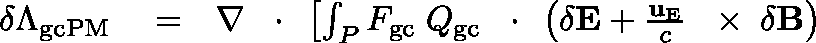
\begin{array} { r l r } { \delta \Lambda _ { \mathrm { g c P M } } } & { { } = } & { \nabla \, \mathrm { ~ \boldmath ~ \cdot ~ } \, \left[ \int _ { P } F _ { \mathrm { g c } } \; \mathbb { Q } _ { \mathrm { g c } } \, \mathrm { ~ \boldmath ~ \cdot ~ } \, \left( \delta { \bf E } + \frac { { \bf u } _ { \mathrm { E } } } { c } \, \mathrm { ~ \boldmath ~ \times ~ } \, \delta { \bf B } \right) \right. } \end{array}